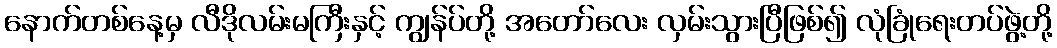
နောက်တစ်နေ့မှ လီဒိုလမ်းမကြီးနှင့် ကျွန်ပ်တို့ အတော်လေး လှမ်းသွားပြီဖြစ်၍ လုံခြုံရေးတပ်ဖွဲ့တို့